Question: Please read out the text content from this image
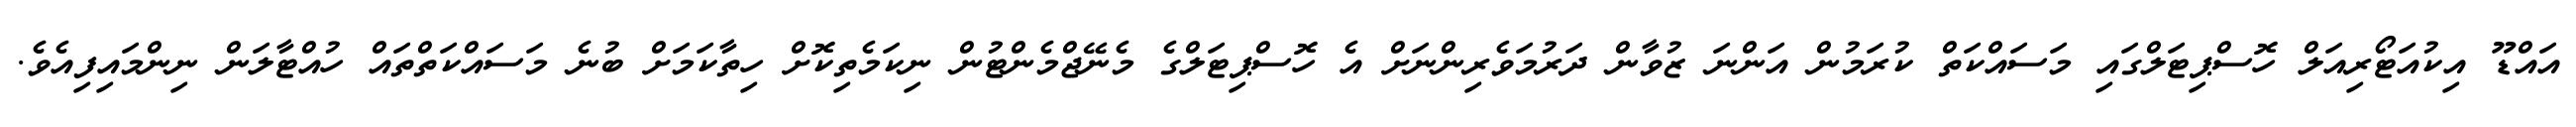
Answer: އައްޑޫ އިކުއަޓޯރިއަލް ހޮސްޕިޓަލްގައި މަސައްކަތް ކުރަމުން އަންނަ ޒުވާން ދަރުމަވެރިންނަށް އެ ހޮސްޕިޓަލްގެ މެނޭޖްމެންޓުން ނިކަމެތިކޮށް ހިތާކަމަށް ބުނެ މަސައްކަތްތައް ހުއްޓާލަން ނިންމައިފިއެވެ.